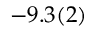
- 9 . 3 ( 2 )